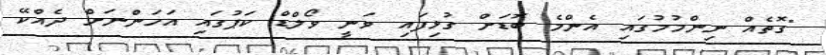
"ގޮތެއް ނިންމުމުގައި އެންމެ ބޮޑަށް ގުޅިފައި ވަނީ ވޯލްޑް ކަޕުގައި އަހަންނަށް ދެއްކޭ